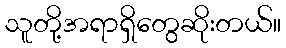
သူတို့အရာရှိတွေဆိုးတယ်။